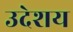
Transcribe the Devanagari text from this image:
उदेशय